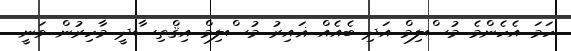
ހަމަ އެހެންމެ މުސްލިމް އަދި ބެއެއް ޣައިރު މުސްލިމް އިޤްތިސާދީ މާހިރުން ވަނީ